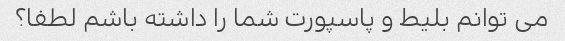
می توانم بلیط و پاسپورت شما را داشته باشم لطفا؟